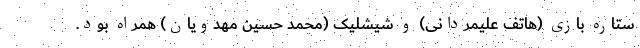
ستاره بازی (هاتف علیمردانی) و شیشلیک (محمد حسین مهدویان) همراه بود.